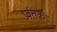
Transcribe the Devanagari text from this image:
प्रर्वत्तक